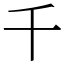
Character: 千